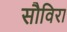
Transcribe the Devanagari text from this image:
सौविरा